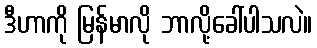
ဒီဟာကို မြန်မာလို ဘာလို့ခေါ်ပါသလဲ။